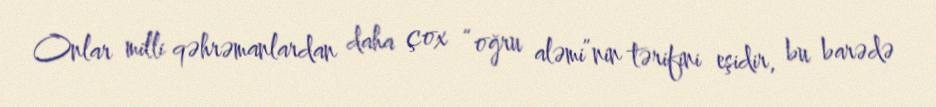
Onlar milli qəhrəmanlardan daha çox “oğru aləmi”nin tərifini eşidir, bu barədə